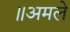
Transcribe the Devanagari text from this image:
॥अमले